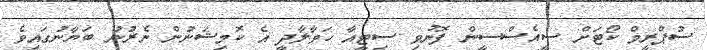
ސުޕްރީމް ކޯޓަށް ސީއެސްސީން ފޮނުވި ސިޓީއާ ހަވާލާދީ އެ ކޮމިޝަނުން ނެރުނު ބަޔާނުގައިވެ